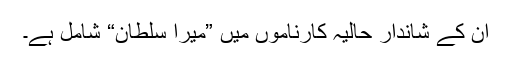
ان کے شاندار حالیہ کارناموں میں ”میرا سلطان“ شامل ہے۔